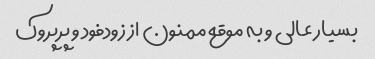
بسیار عالی و به موقع ممنون از زودفود و پرپروک